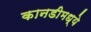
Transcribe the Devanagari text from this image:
कानडीमध्ये